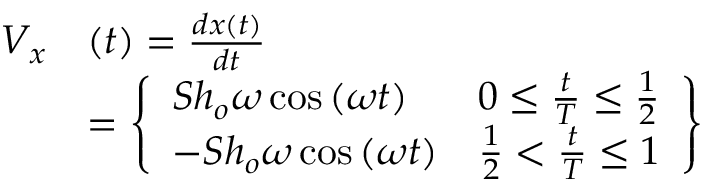
\begin{array} { r l } { V _ { x } } & { ( t ) = \frac { d x ( t ) } { d t } } \\ & { = \left\lbrace \begin{array} { l l } { S h _ { o } \omega \cos \left( \omega t \right) } & { 0 \leq \frac { t } { T } \leq \frac { 1 } { 2 } } \\ { - S h _ { o } \omega \cos \left( \omega t \right) } & { \frac { 1 } { 2 } < \frac { t } { T } \leq 1 } \end{array} \right\rbrace } \end{array}